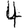
Digit: 4